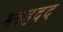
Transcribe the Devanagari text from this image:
मवहदद